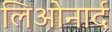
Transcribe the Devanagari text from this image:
लिओनार्द